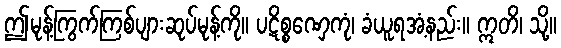
ဤမုန့်ကြွက်ကြစ်ပျားဆုပ်မုန့်ကို။ ပဋိစ္စဏှေကုံ၊ ခံယူရအံ့နည်း။ ဣတိ၊ သို့။